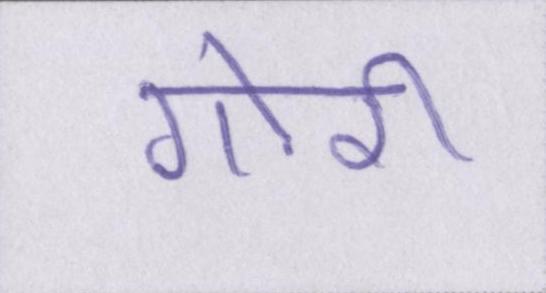
गोरी